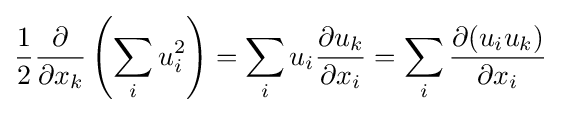
{\frac {1}{2}}{\frac {\partial }{\partial x_{k}}}\left(\sum _{i}u_{i}^{2}\right)=\sum _{i}u_{i}{\frac {\partial u_{k}}{\partial x_{i}}}=\sum _{i}{\frac {\partial (u_{i}u_{k})}{\partial x_{i}}}